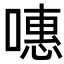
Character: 𠽡